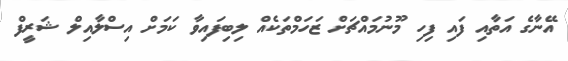
އޭނާގެ އަތާއި ފައި ފިހި މޫނުމައްޗަށް ޒަހަމްތަކެއް ލިބިފައިވާ ކަމަށް އިސްލާއިލް ޝަރީފް